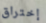
إختراق